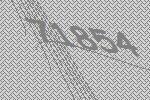
71854